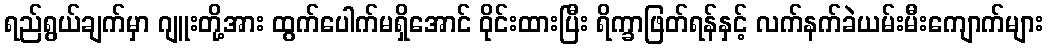
ရည်ရွယ်ချက်မှာ ဂျူးတို့အား ထွက်ပေါက်မရှိအောင် ဝိုင်းထားပြီး ရိက္ခာဖြတ်ရန်နှင့် လက်နက်ခဲယမ်းမီးကျောက်များ